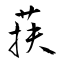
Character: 荴